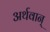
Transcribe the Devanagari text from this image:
अर्थवान्